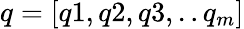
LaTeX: q=[q1,q2,q3,..q_{m}]